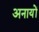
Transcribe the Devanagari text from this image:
अनायों